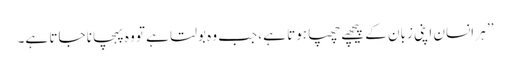
’’ ہر انسان اپنی زبان کے پیچھے چھپا ہوتا ہے، جب وہ بولتا ہے تو وہ پہچانا جاتا ہے۔